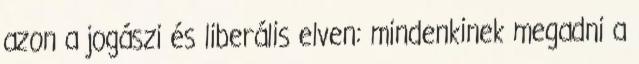
azon a jogászi és liberális elven: mindenkinek megadni a